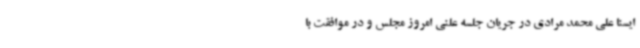
ایسنا علی محمد مرادی در جریان جلسه علنی امروز مجلس و در موافقت با